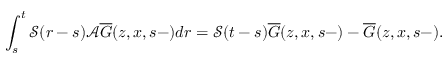
\int _ { s } ^ { t } \mathcal { S } ( r - s ) \mathcal { A } \overline { { G } } ( z , x , s - ) d r = \mathcal { S } ( t - s ) \overline { { G } } ( z , x , s - ) - \overline { { G } } ( z , x , s - ) .